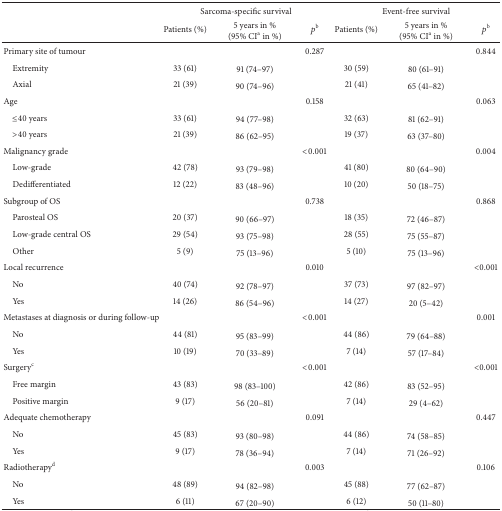
<table><thead><tr><td><b> </b></td><td colspan="3"><b>Sarcoma-specific survival</b></td><td colspan="3"><b>Event-free survival</b></td></tr><tr><td><b> </b></td><td><b>Patients (%)</b></td><td><b>5 years in % (95% CI<sup>a</sup> in %)</b></td><td><b><i>p</i><sup>b</sup></b></td><td><b>Patients (%)</b></td><td><b>5 years in % (95% CI<sup>a</sup> in %)</b></td><td><b><i>p</i><sup>b</sup></b></td></tr></thead><tbody><tr><td>Primary site of tumour</td><td> </td><td> </td><td>0.287</td><td> </td><td> </td><td>0.844</td></tr><tr><td> Extremity</td><td>33 (61)</td><td>91 (74–97)</td><td> </td><td>30 (59)</td><td>80 (61–91)</td><td> </td></tr><tr><td> Axial</td><td>21 (39)</td><td>90 (74–96)</td><td> </td><td>21 (41)</td><td>65 (41–82)</td><td> </td></tr><tr><td>Age</td><td> </td><td> </td><td>0.158</td><td> </td><td> </td><td>0.063</td></tr><tr><td> ≤40 years</td><td>33 (61)</td><td>94 (77–98)</td><td> </td><td>32 (63)</td><td>81 (62–91)</td><td> </td></tr><tr><td> &gt;40 years</td><td>21 (39)</td><td>86 (62–95)</td><td> </td><td>19 (37)</td><td>63 (37–80)</td><td> </td></tr><tr><td>Malignancy grade</td><td> </td><td> </td><td>&lt;0.001</td><td> </td><td> </td><td>0.004</td></tr><tr><td> Low-grade</td><td>42 (78)</td><td>93 (79–98)</td><td> </td><td>41 (80)</td><td>80 (64–90)</td><td> </td></tr><tr><td> Dedifferentiated</td><td>12 (22)</td><td>83 (48–96)</td><td> </td><td>10 (20)</td><td>50 (18–75)</td><td> </td></tr><tr><td>Subgroup of OS</td><td> </td><td> </td><td>0.738</td><td> </td><td> </td><td>0.868</td></tr><tr><td> Parosteal OS</td><td>20 (37)</td><td>90 (66–97)</td><td> </td><td>18 (35)</td><td>72 (46–87)</td><td> </td></tr><tr><td> Low-grade central OS</td><td>29 (54)</td><td>93 (75–98)</td><td> </td><td>28 (55)</td><td>75 (55–87)</td><td> </td></tr><tr><td> Other</td><td>5 (9)</td><td>75 (13–96)</td><td> </td><td>5 (10)</td><td>75 (13–96)</td><td> </td></tr><tr><td>Local recurrence </td><td> </td><td> </td><td>0.010</td><td> </td><td> </td><td>&lt;0.001</td></tr><tr><td> No</td><td>40 (74)</td><td>92 (78–97)</td><td> </td><td>37 (73)</td><td>97 (82–97)</td><td> </td></tr><tr><td> Yes</td><td>14 (26)</td><td>86 (54–96)</td><td> </td><td>14 (27)</td><td>20 (5–42)</td><td> </td></tr><tr><td>Metastases at diagnosis or during follow-up</td><td> </td><td> </td><td>&lt;0.001</td><td> </td><td> </td><td>0.001</td></tr><tr><td> No</td><td>44 (81)</td><td>95 (83–99)</td><td> </td><td>44 (86)</td><td>79 (64–88)</td><td> </td></tr><tr><td> Yes</td><td>10 (19)</td><td>70 (33–89)</td><td> </td><td>7 (14)</td><td>57 (17–84)</td><td> </td></tr><tr><td>Surgery<sup>c</sup></td><td> </td><td> </td><td>&lt;0.001</td><td> </td><td> </td><td>&lt;0.001</td></tr><tr><td> Free margin</td><td>43 (83)</td><td>98 (83–100)</td><td> </td><td>42 (86)</td><td>83 (52–95)</td><td> </td></tr><tr><td> Positive margin</td><td>9 (17)</td><td>56 (20–81)</td><td> </td><td>7 (14)</td><td>29 (4–62)</td><td> </td></tr><tr><td>Adequate chemotherapy</td><td> </td><td> </td><td>0.091</td><td> </td><td> </td><td>0.447</td></tr><tr><td> No</td><td>45 (83)</td><td>93 (80–98)</td><td> </td><td>44 (86)</td><td>74 (58–85)</td><td> </td></tr><tr><td> Yes </td><td>9 (17)</td><td>78 (36–94)</td><td> </td><td>7 (14)</td><td>71 (26–92)</td><td> </td></tr><tr><td>Radiotherapy<sup>d</sup></td><td> </td><td> </td><td>0.003</td><td> </td><td> </td><td>0.106</td></tr><tr><td> No</td><td>48 (89)</td><td>94 (82–98)</td><td> </td><td>45 (88)</td><td>77 (62–87)</td><td> </td></tr><tr><td> Yes</td><td>6 (11)</td><td>67 (20–90)</td><td> </td><td>6 (12)</td><td>50 (11–80)</td><td> </td></tr></tbody></table>